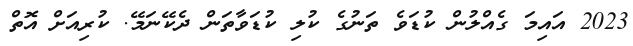
2023 އައިމަ ގެއްލުން ކުޑަވެ ތަނުގެ ކުލި ކުޑަވާތަން ދެކޭނަމޭ. ކުރިއަށް އޮތް